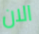
الان